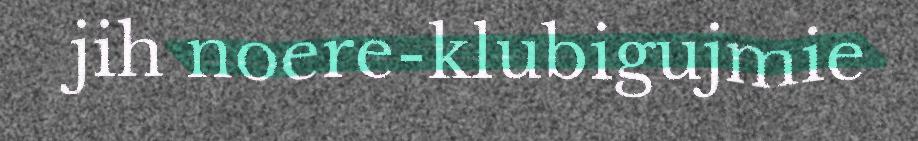
jih noere-klubigujmie